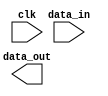
module parameter_example #(
  parameter WIDTH = 8,
  parameter DEPTH = 4
) (
  input clk,
  input [WIDTH-1:0] data_in,
  output reg [WIDTH-1:0] data_out
);
  // Code block here
endmodule